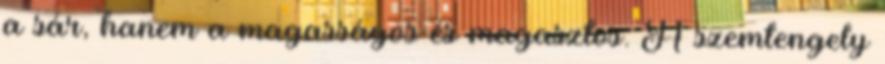
a sár, hanem a magasságos és magasztos. A szemtengely